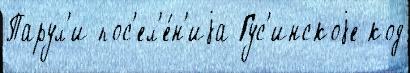
Парул'и пос'ел'е́н'иjа Гус'инскоjе код